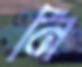
নি